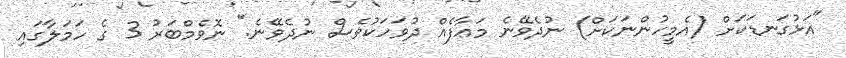
"އަޅުގަނޑަކަށް (އެމީހުންނަކަށް) ނުދެވޭނެ މަޢާފެއް ދުވަހަކުވެސް ނުދެވޭނެ." ނޮވެމްބަރު 3 ގެ ހަމަލާގައި